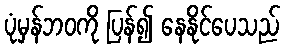
ပုံမှန်ဘဝကို ပြန်၍ နေနိုင်ပေသည်